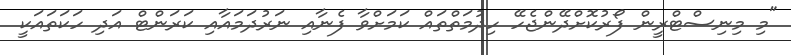
"މި މިނިސްޓްރީން ފޯރުކޮށްދޭންޖެހޭ ހިދުމަތްތައް ކަމަށްވާ ފެނާއި ނަރުދަމައާއި ކަރަންޓް އަދި ހަކަތައަކީ